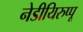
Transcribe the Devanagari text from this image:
नेडीयिरुप्पू